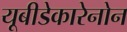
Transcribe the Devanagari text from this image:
यूबीडेकारेनोन